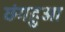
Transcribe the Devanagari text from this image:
छंगहुआ